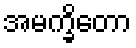
အမက္ခိတော